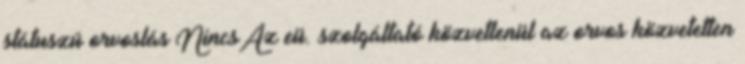
státuszú orvoslás NincsAz eü. szolgáltató közvetlenül az orvos közvetetten